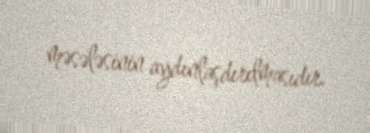
məsələsinin aydınlaşdırılmasıdır.